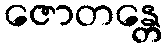
ဇောတန္တေ